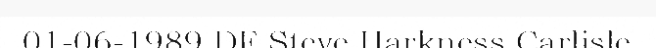
01-06-1989 DF Steve Harkness Carlisle